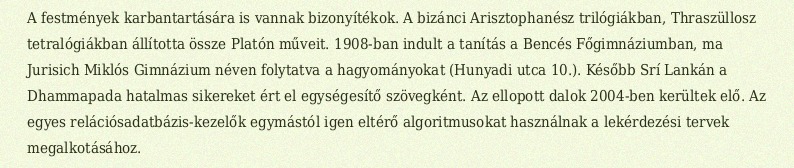
A festmények karbantartására is vannak bizonyítékok. A bizánci Arisztophanész trilógiákban, Thraszüllosz tetralógiákban állította össze Platón műveit. 1908-ban indult a tanítás a Bencés Főgimnáziumban, ma Jurisich Miklós Gimnázium néven folytatva a hagyományokat (Hunyadi utca 10.). Később Srí Lankán a Dhammapada hatalmas sikereket ért el egységesítő szövegként. Az ellopott dalok 2004-ben kerültek elő. Az egyes relációsadatbázis-kezelők egymástól igen eltérő algoritmusokat használnak a lekérdezési tervek megalkotásához.